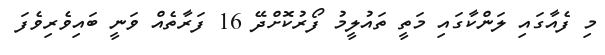
މި ފެއާގައި ލަންކާގައި މަތީ ތައުލީމު ފޯރުކޮށްދޭ 16 ފަރާތެއް ވަނީ ބައިވެރިވެފަ